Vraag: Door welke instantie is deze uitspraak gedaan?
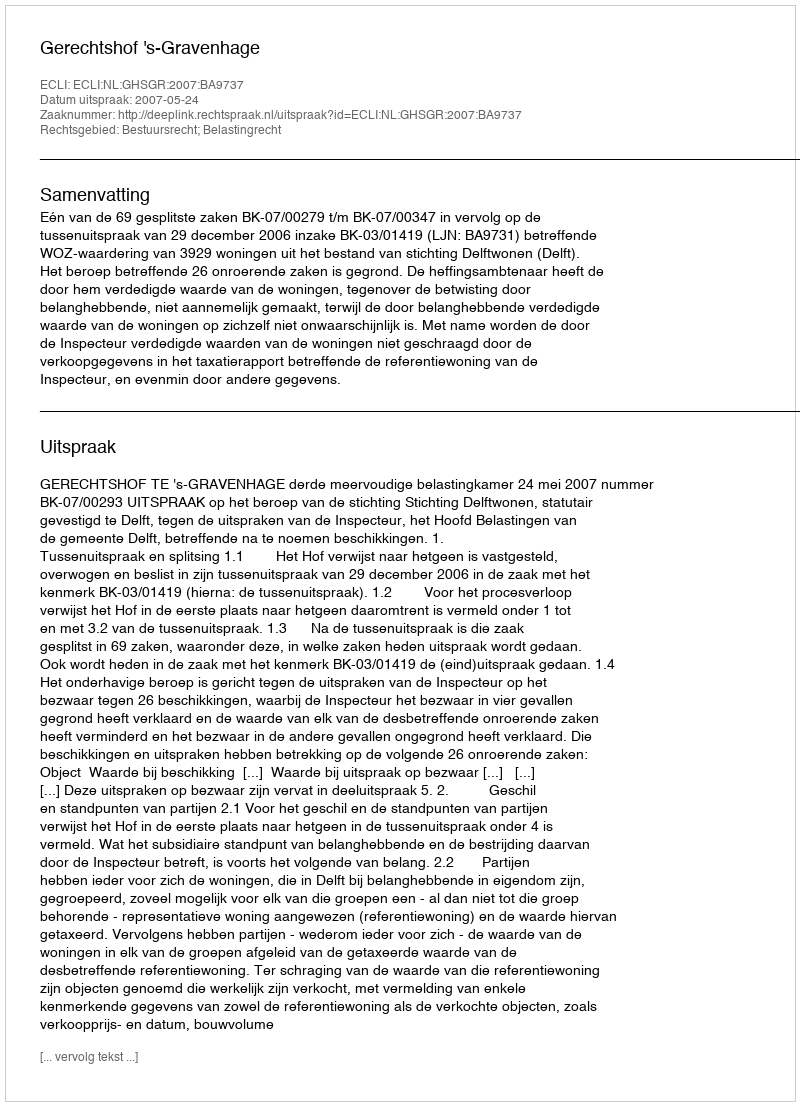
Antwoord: Gerechtshof 's-Gravenhage